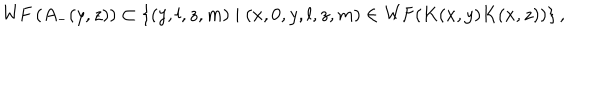
\mathrm { W F } \, ( A _ { - } ( y , z ) ) \subset \{ ( y , l , z , m ) \mid ( x , 0 , y , l , z , m ) \in \mathrm { W F } ( K ( x , y ) K ( x , z ) ) \} \, ,